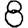
Digit: 8